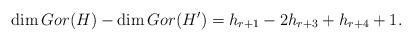
LaTeX: \begin{align*} \dim Gor(H)-\dim Gor(H')=h_{r+1}-2h_{r+3}+h_{r+4}+1. \end{align*}